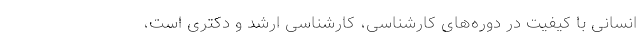
انسانی با کیفیت در دوره‌های کارشناسی، کارشناسی ارشد و دکتری است،